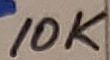
Text: 10K